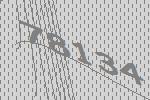
78134